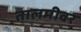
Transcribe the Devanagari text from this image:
तालमीवर